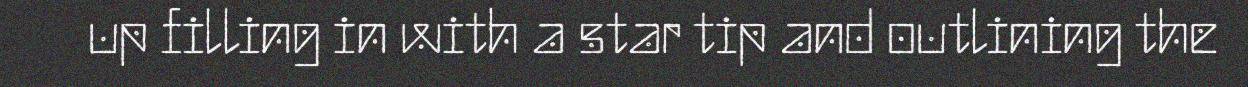
up filling in with a star tip and outlining the